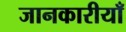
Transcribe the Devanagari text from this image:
जानकारीयाँ